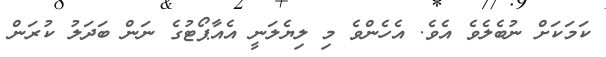
ކަމަކަށް ނުބެލެވެ އެވެ. އެހެންވެ މި ލިޔެލަނީ އެއާޕޯޓުގެ ނަން ބަދަލު ކުރަން